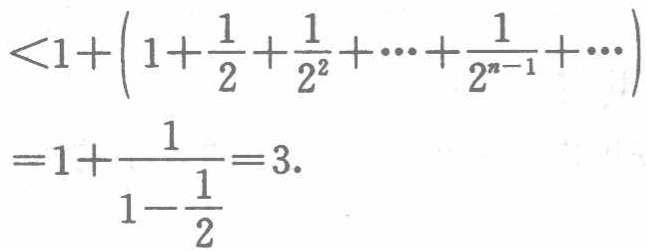
\[
\begin{align*}
&<1+\left(1+\frac{1}{2}+\frac{1}{2^{2}}+\cdots+\frac{1}{2^{n - 1}}+\cdots\right)\\
&=1+\frac{1}{1-\frac{1}{2}}=3.
\end{align*}
\]